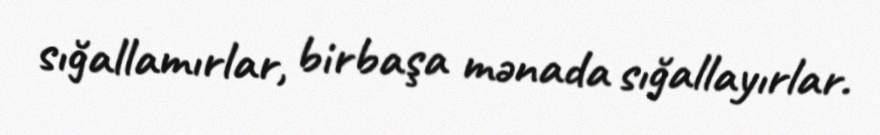
sığallamırlar, birbaşa mənada sığallayırlar.